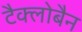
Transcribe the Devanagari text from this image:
टैक्लोबैन